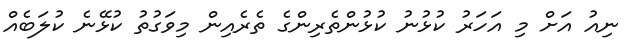
ނިއު އަށް މި އަހަރު ކުޅުނު ކުޅުންތެރިންގެ ތެރެއިން މިވަގުތު ކުޅޭނެ ކުލަބެއް